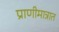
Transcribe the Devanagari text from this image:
प्राणीमात्रात